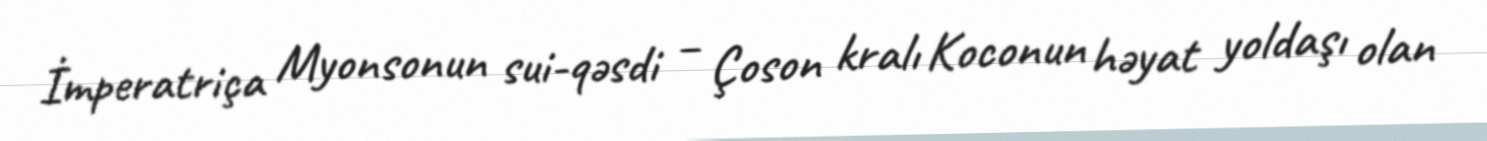
İmperatriça Myonsonun sui-qəsdi – Çoson kralı Koconun həyat yoldaşı olan